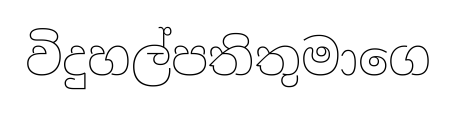
විදුහල්පතිතුමාගෙ